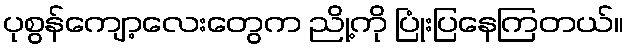
ပုစွန်ကျော့လေးတွေက ညို့ကို ပြုံးပြနေကြတယ်။